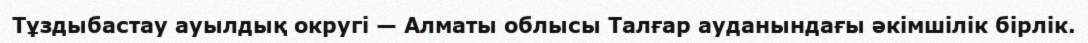
Тұздыбастау ауылдық округі — Алматы облысы Талғар ауданындағы әкімшілік бірлік.